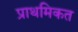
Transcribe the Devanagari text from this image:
प्राथमिकत